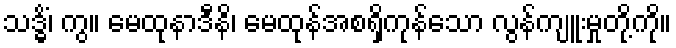
သဒ္ဓိံ၊ ကွ။ မေထုနာဒီနိ၊ မေထုန်အစရှိကုန်သော လွန်ကျူးမှုတို့ကို။